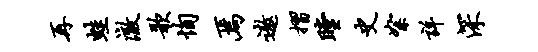
再蛙澈歌恂焉遨摺瞠史絮详深